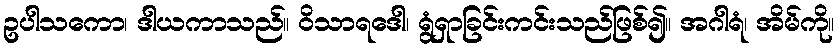
ဥပါသကော၊ ဒါယကာသည်။ ဝိသာရဒေါ၊ ရွံရှာခြင်းကင်းသည်ဖြစ်၍။ အဂါရံ၊ အိမ်ကို။